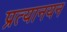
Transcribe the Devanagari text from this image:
प्रत्यानयन